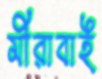
মীরাবাই